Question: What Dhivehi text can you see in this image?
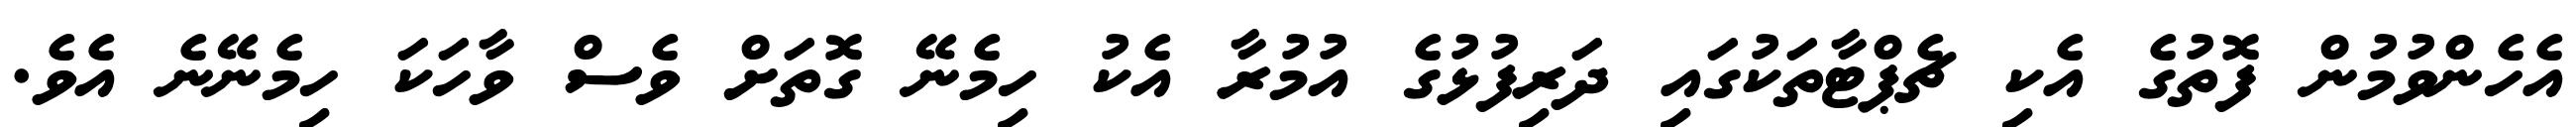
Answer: އެހެންވުމުން ފޮތުގެ އެކި ޗެޕްޓާތަކުގައި ދަރިފުޅުގެ އުމުރާ އެކު ހިމެނޭ ގޮތަށް ވެސް ވާހަކަ ހިމެނޭނެ އެވެ.